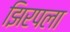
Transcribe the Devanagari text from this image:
झिरपला